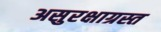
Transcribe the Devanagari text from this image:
असुरक्षाग्रस्त